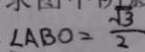
\angle A B O = \frac { \sqrt { 3 } } { 2 }